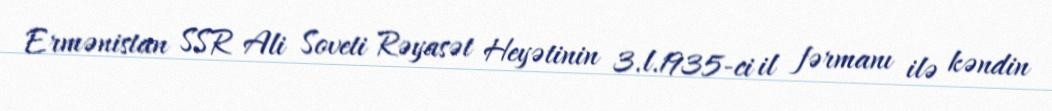
Ermənistan SSR Ali Soveti Rəyasət Heyətinin 3.l.1935-ci il fərmanı ilə kəndin